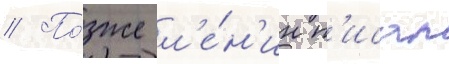
// По́зже л'е́н'ин п'исал